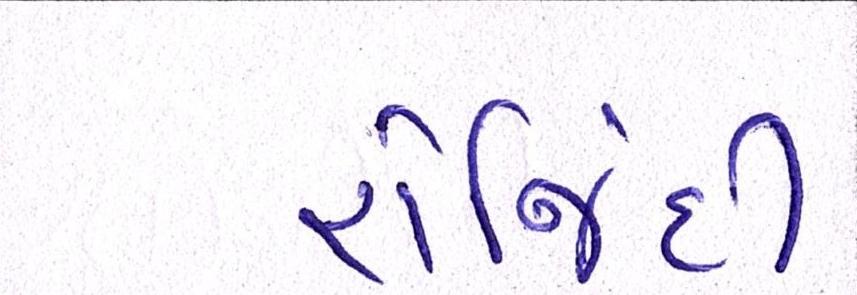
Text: રોજિંદી